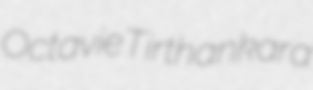
Octavie Tirthankara